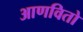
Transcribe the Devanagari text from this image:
आणवितो